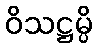
ဝိသဋ္ဌမ္ပိ